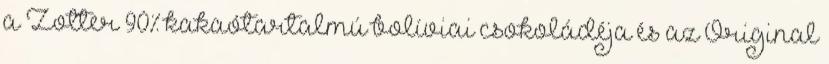
a Zotter 90% kakaótartalmú bolíviai csokoládéja és az Original